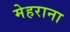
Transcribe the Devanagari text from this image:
मेहराना